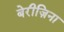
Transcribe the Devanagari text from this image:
बेरीज़िना